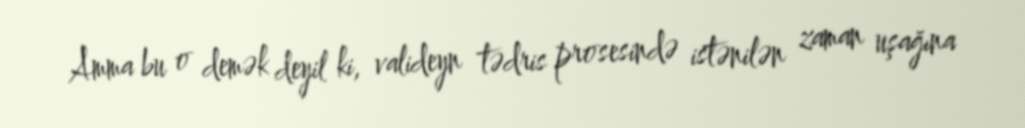
Amma bu o demək deyil ki, valideyn tədris prosesində istənilən zaman uşağına